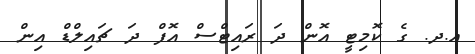
އ.ދ. ގެ ކޮމިޓީ އޮން ދަ ރައިޓްސް އޮފް ދަ ޗައިލްޑް އިން